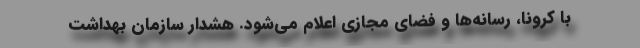
با کرونا، رسانه‌ها و فضای مجازی اعلام می‌شود. هشدار سازمان بهداشت